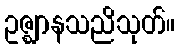
ဥဇ္ဈာနသညိသုတ်။